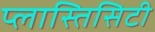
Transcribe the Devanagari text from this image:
प्लास्तिसिटी